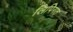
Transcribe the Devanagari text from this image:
लिपिगत